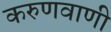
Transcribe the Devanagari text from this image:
करुणवाणी